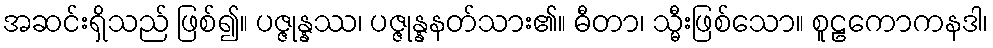
အဆင်းရှိသည် ဖြစ်၍။ ပဇ္ဇုန္နဿ၊ ပဇ္ဇုန္နနတ်သား၏။ ဓီတာ၊ သ္မီးဖြစ်သော။ စူဠကောကနဒါ၊